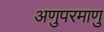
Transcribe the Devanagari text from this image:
अणुपरमाणु